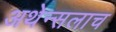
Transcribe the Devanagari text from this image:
अथेन्सलाच